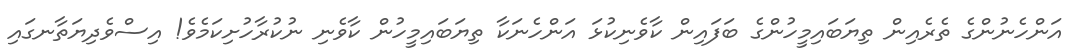
އަންހެނުންގެ ތެރެއިން ތިޔަބައިމީހުންގެ ބަފައިން ކާވެނިކުޅަ އަންހެނަކާ ތިޔަބައިމީހުން ކާވެނި ނުކުރާހުށިކަމެވެ! އިސްވެދިޔަތާނގައި